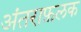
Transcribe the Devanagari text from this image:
अंतराफ़लक